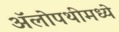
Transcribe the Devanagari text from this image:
अॅलोपथीमध्ये